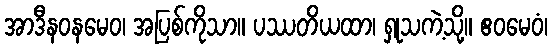
အာဒီနဝနမေဝ၊ အပြစ်ကိုသာ။ ပဿတိယထာ၊ ရှုသကဲ့သို့။ ဧဝမေဝံ၊